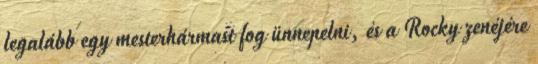
legalább egy mesterhármast fog ünnepelni, és a Rocky zenéjére